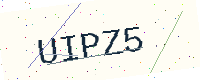
Text: UIPZ5